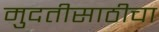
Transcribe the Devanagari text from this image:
मुदतीसाठीचा